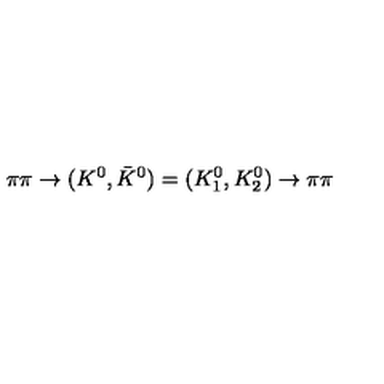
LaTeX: \pi \pi \to ( K ^ { 0 } , \bar { K } ^ { 0 } ) = ( K _ { 1 } ^ { 0 } , K _ { 2 } ^ { 0 } ) \to \pi \pi